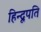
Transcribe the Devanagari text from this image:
हिन्दूपति